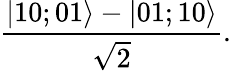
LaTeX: \frac{|10;01\rangle-|01;10\rangle}{\sqrt{2}}.